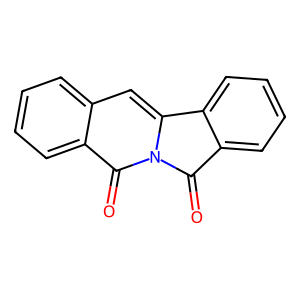
SMILES: O=C1c2ccccc2-c2cc3ccccc3c(=O)n21
Inhibits HIV replication: No